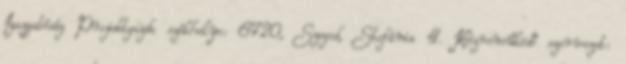
Igazgatóság Projektgazda székhelye: 6720, Szeged, Stefánia 4. Közreműködő szervezet: